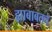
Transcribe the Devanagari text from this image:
ह्याबाबतचे